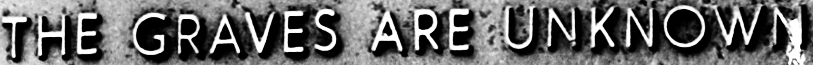
THE GRAVES ARE UNKNOWN